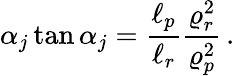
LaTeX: \alpha_{j}\tan\alpha_{j}=\frac{\ell_{p}}{\ell_{r}}\frac{\varrho_{r}^{2}}{\varrho_{p}^{2}}\, .